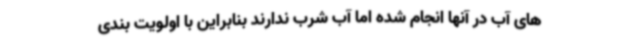
های آب در آنها انجام شده اما آب شرب ندارند بنابراین با اولویت بندی